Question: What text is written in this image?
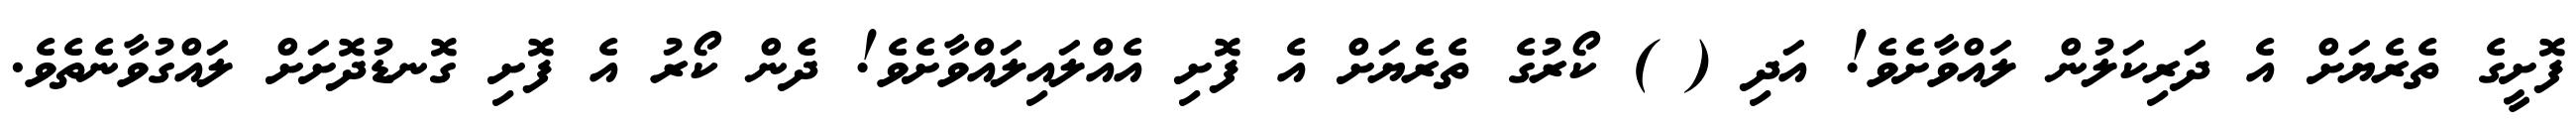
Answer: ފޮށީގެ ތެރެޔަށް އެ ދަރިކަލުން ލައްވާށެވެ! އަދި ( ) ކޯރުގެ ތެރެޔަށް އެ ފޮށި އެއްލައިލައްވާށެވެ! ދެން ކޯރު އެ ފޮށި ގޮނޑުދޮށަށް ލައްގުވާނެތެވެ.